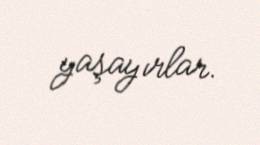
yaşayırlar.